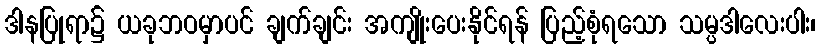
ဒါနပြုရာ၌ ယခုဘဝမှာပင် ချက်ချင်း အကျိုးပေးနိုင်ရန် ပြည့်စုံရသော သမ္ပဒါလေးပါး၊